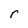
Character: r